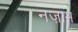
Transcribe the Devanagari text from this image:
नज़ाम